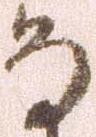
な